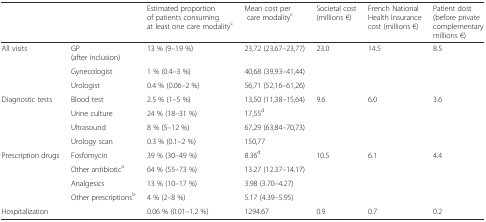
| <COLSPAN=2>  | Estimated proportion of patients consuming at least one care modalityc | Mean cost per care modalityc | Societal cost (millions €) | French National Health Insurance cost (millions €) | Patient dost (before private complementary millions €) |
 | --- | --- | --- | --- | --- | --- | --- |
 | <ROWSPAN=3> All visits | GP (after inclusion) | 13 % (9–19 %) | 23,72 (23,67–23,77) | <ROWSPAN=3> 23.0 | <ROWSPAN=3> 14.5 | <ROWSPAN=3> 8.5 |
 | Gynecologist | 1 % (0.4–3 %) | 40,68 (39,93–41,44) |
 | Urologist | 0.4 % (0.06–2 %) | 56,71 (52,16–61,26) |
 | <ROWSPAN=4> Diagnostic tests | Blood test | 2.5 % (1–5 %) | 13,50 (11,38–15,64) | <ROWSPAN=4> 9.6 | <ROWSPAN=4> 6.0 | <ROWSPAN=4> 3.6 |
 | Urine culture | 24 % (18–31 %) | 17,55d |
 | Ultrasound | 8 % (5–12 %) | 67,29 (63,84–70,73) |
 | Urology scan | 0.3 % (0.1–2 %) | 150,77 |
 | <ROWSPAN=4> Prescription drugs | Fosfomycin | 39 % (30–49 %) | 8.36d | <ROWSPAN=4> 10.5 | <ROWSPAN=4> 6.1 | <ROWSPAN=4> 4.4 |
 | Other antibiotica | 64 % (55–73 %) | 13.27 (12.37–14.17) |
 | Analgesics | 13 % (10–17 %) | 3.98 (3.70–4.27) |
 | Other prescriptionsb | 4 % (2–8 %) | 5.17 (4.39–5.95) |
 | Hospitalization |  | 0.06 % (0.01–1.2 %) | 1294.67 | 0.9 | 0.7 | 0.2 |